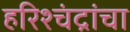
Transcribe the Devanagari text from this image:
हरिश्चंद्रांचा